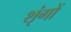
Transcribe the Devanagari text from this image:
शृंगों